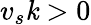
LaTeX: v_{s}\mathit{k}>0